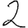
Digit: 2